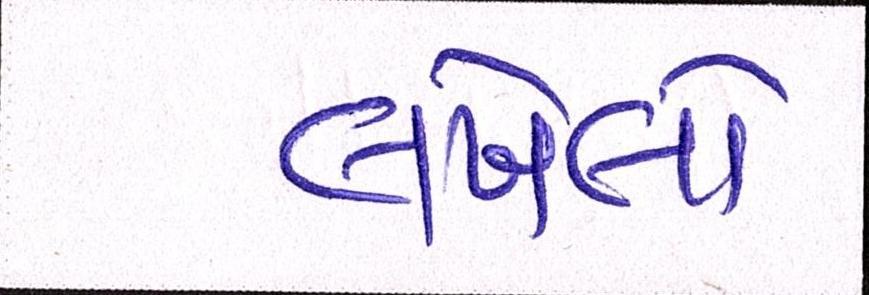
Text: લખેલો